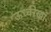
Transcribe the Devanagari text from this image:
ऊर्ध्वरेखा